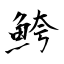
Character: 鮬